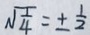
\sqrt { \frac { 1 } { 4 } } = \pm \frac { 1 } { 2 }